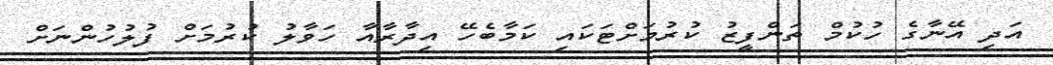
އަދި އޭނާގެ ހުކުމް ތަންފީޒު ކުރުމަށްޓަކައި ކަމާބެހޭ އިދާރާއާ ހަވާލު ކުރުމަށް ފުލުހުންނަށް